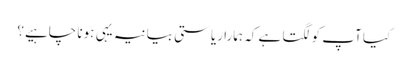
کیا آپ کو لگتا ہے کہ ہمارا ریاستی بیانیہ یہی ہونا چاہیے؟